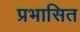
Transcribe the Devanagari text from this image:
प्रभासित